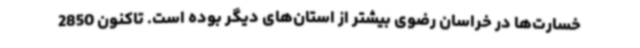
خسارت‌ها در خراسان رضوی بیشتر از استان‌های دیگر بوده است. تاکنون 2850